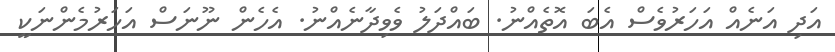
އަދި އަނެއް އަހަރުވެސް އެބަ އޮތެއްނު. ބައްދަލު ވެވިދާނެއްނު. އެހެން ނޫނަސް އަހަރުމެންނަކީ